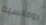
رومانسية